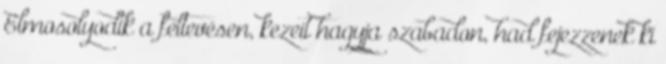
Elmosolyodik a feltevésen, kezeit hagyja szabadon, had fejezzenek ki